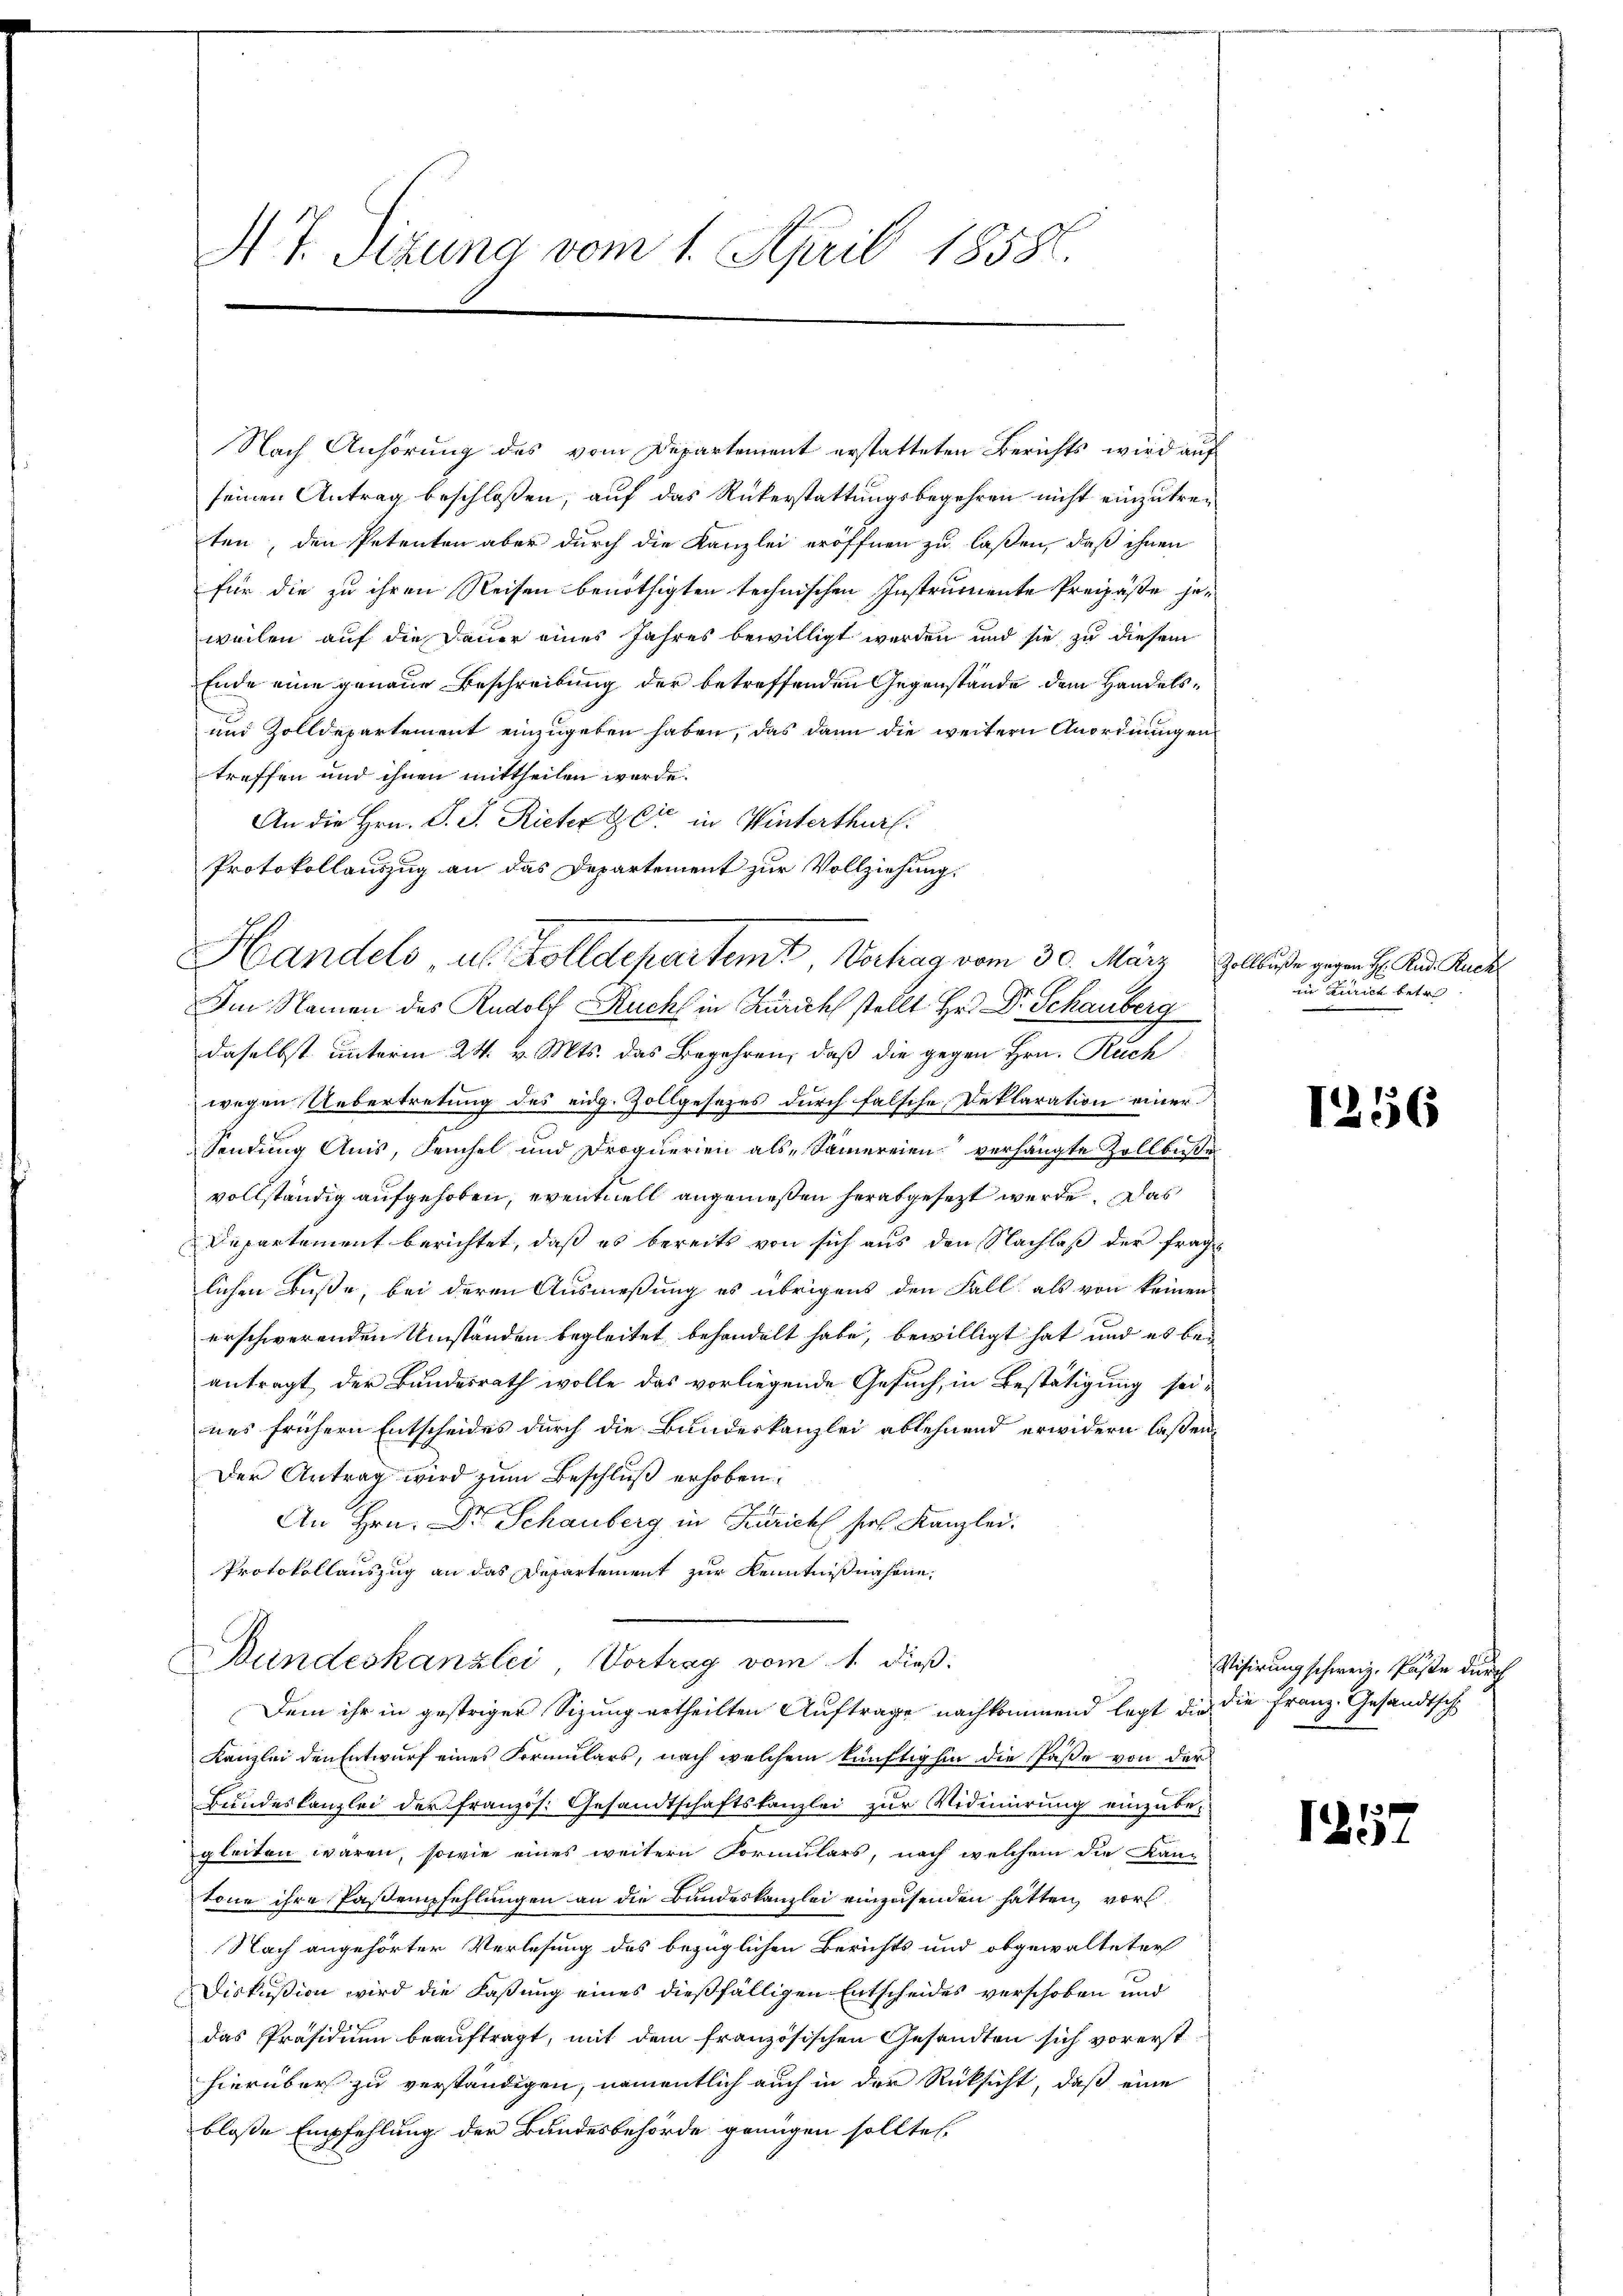
A . Sizung vom 1. April 18586.

Nach Anhörung des vom Departement erstatteten Berichts wird auf
seinen Antrag beschloßen, auf das Rükerstattungsbegehren nicht einzutreten, den Petenten aber durch die Kanzlei eröffnen zu laßen, daß ihnen
für die zu ihren Reisen benöthigten technischen Instrumente Preipäße jeweilen auf die Dauer eines Jahres bewilligt werden und sie zu diesem
Ende eine genaue Beschreibung der betreffenden Gegenstände dem Handels¬
und Zolldepartement einzugeben haben, das dann die weitern Anordnungen
treffen und ihnen mittheilen würde.
An die Hrn. P. J. Rieter Zeit in Winterthur.
Protokollauszug an das Departement zur Vollziehung.
Im Namen des Rudolf Buch in Zürich stellt Hr. Dr Schauberg
daselbst unterm 24. v. Mts. das Begehren, daß die gegen Hrn. Ruch
wegen Uebertretung des eidg. Zollgesezes durch falsche Deklaration einer
Sendung Anis, Feuchel und Droquerien als Samereien verhängte Zollbusse
vollständig aufgehoben, eventuell angemeßen herabgesezt werde. Das
Departement berichtet, daß es bereits von sich aus den Nachlaß der frage
lichen Buße, bei deren Ausmeßung es übrigens den Fall, als von keinen
erschwerenden Umständen begleitet behandelt habe, bewilligt hat und es beantragt, der Bundesrath wolle das vorliegende Gesuch, in Bestätigung seines frühern Entscheides durch die Bundeskanzlei ablehnend erwidern laßen,
Der Antrag wird zum Beschluß erhoben:
An Hrn. Dr Schauberg in Zürich hies. Kanzlei.
Protokollauszug an das Departement zur Kenntnißnahme,
Bundeskanzlei Vortrag vom 1. dieß:
Dem ihr in gestriger Sizung ertheilten Auftrage nachkommend legt die die Franz. Gesandtsch
Kanzlei den Entwurf eines Formulars, nach welchem künftighin die Paße von der
Bundeskanzlei der französ. Gesandtschaftskanzlei zur Vidiierung einzube-
gleiten waren, sowie eines weitern Formulars, nach welchem die Kan-
tone ihre Pastempfehlungen an die Bundeskanzlei einzusenden hatten, vors
Nach angehörter Verlesung des bezüglichen Berichts und obgewalteter
Diskußion wird die Faßung eines dießfälligen Entscheides verschoben und
das Präsidium beauftragt, mit dem französischen Gesandten sich vorersthierüber zu verständigen, namentlich auch in der Rücksicht, daß eine
blosse Empfehlung der Bandesbehörde genügen sollte

Handels u. Zolldepartemt, Vertrag vom 30. März

Zollbuße gegen H. Rud. Ruch
in Zürich betre

1256

Visirung schweiz. Käste durch

1257